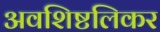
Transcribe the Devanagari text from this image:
अवशिष्टलिकर